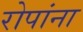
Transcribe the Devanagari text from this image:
रोपांना